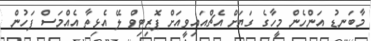
މާބަނޑު އަންހެން މީހާގެ ގަޔަށް އެޗްއައިވީއަށް ޕޮޒިޓިވް ލޭ އެޅިތާ އެއްމަސް ފަހުން